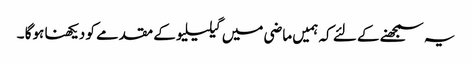
یہ سمجھنے کے لئے کہ ہمیں ماضی میں گیلیلیو کے مقدمے کو دیکھنا ہوگا ۔